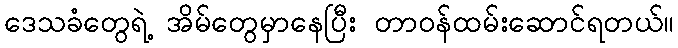
ဒေသခံတွေရဲ့ အိမ်တွေမှာနေပြီး တာဝန်ထမ်းဆောင်ရတယ်။